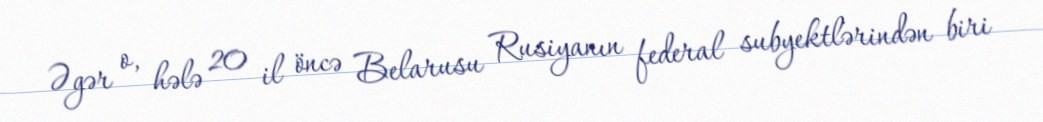
Əgər o, hələ 20 il öncə Belarusu Rusiyanın federal subyektlərindən biri